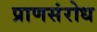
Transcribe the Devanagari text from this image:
प्राणसंरोध